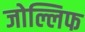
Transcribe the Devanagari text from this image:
जोल्लिफ